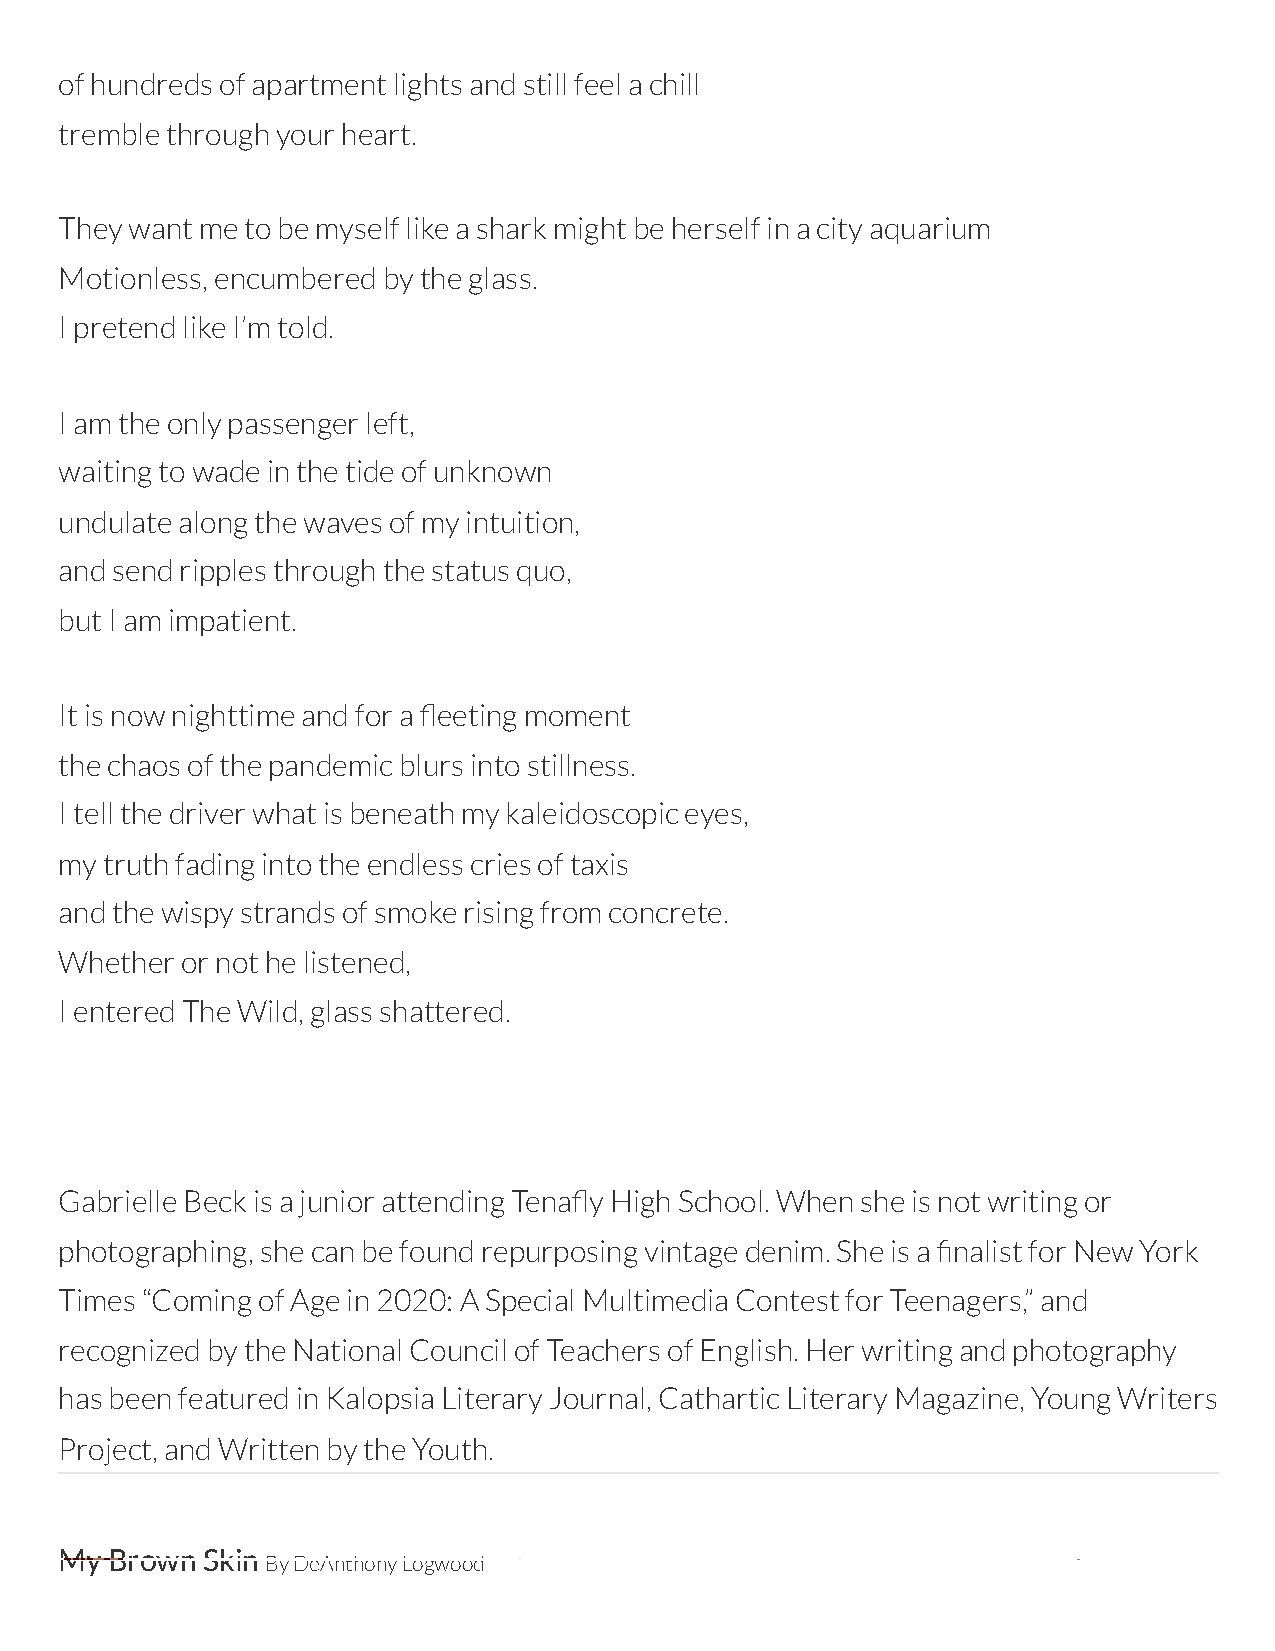
of hundreds of apartment lights and still feel a chill
 tremble through your heart.
 They want me to be myself like a shark might be herself in a city aquarium
 Motionless, encumbered by the glass.
 I pretend like I’m told.
 I am the only passenger left,
 waiting to wade in the tide of unknown
 undulate along the waves of my intuition,
 and send ripples through the status quo,
 but I am impatient.
 It is now nighttime and for a eeting moment
 the chaos of the pandemic blurs into stillness.
 I tell the driver what is beneath my kaleidoscopic eyes,
 my truth fading into the endless cries of taxis
 and the wispy strands of smoke rising from concrete.
 Whether or not he listened,
 I entered The Wild, glass shattered.
 Gabrielle Beck is a junior attending Tenay High School. When she is not writing or
 photographing, she can be found repurposing vintage denim. She is a nalist for New York
 Times “Coming of Age in 2020: A Special Multimedia Contest for Teenagers,” and
 recognized by the National Council of Teachers of English. Her writing and photography
 has been featured in Kalopsia Literary Journal, Cathartic Literary Magazine, Young Writers
 Project, and Written by the Youth.
 My Brown Skin
 By DeAnthony Logwood